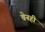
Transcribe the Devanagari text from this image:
चेनही